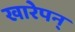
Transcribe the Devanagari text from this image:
खारेपन्